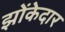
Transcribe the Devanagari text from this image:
झोंकेदार